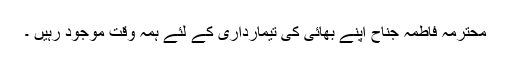
محترمہ فاطمہ جناح اپنے بھائی کی تیمارداری کے لئے ہمہ وقت موجود رہیں ۔